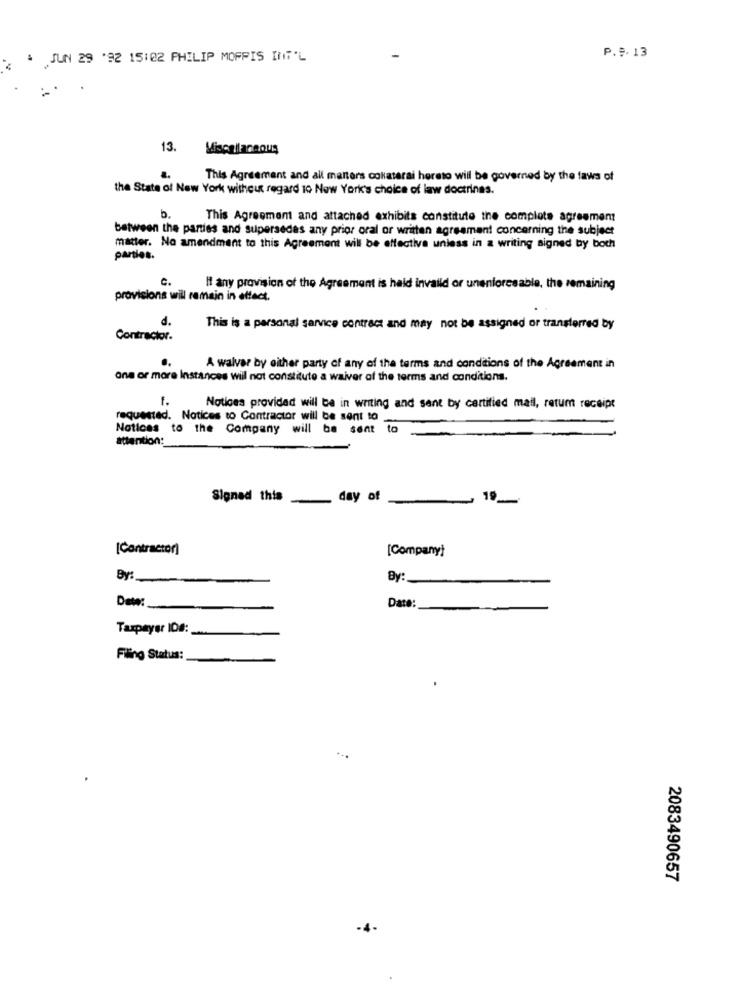
JUN 29 '92 15:02 PHILIP MORRIS INT'L
P.9. 13
13.
Miscellaneous
..
This Agreement and all matters colaterai hereto will be governed by the laws of
the State of New York without regard 10 New York's choice of law doctrines.
b.
This Agreement and attached exhibits constitute the complete agreement
between the parties and supersedes any prior oral or written agreement concerning the subject
matter. No amendment to this Agreement will be effective unless in a writing signed by both
parties.
c.
If any provision of the Agreement is held invalld or unenforceable, the remaining
provisions will remain in effect.
d.
This is a personal service contract and may not be assigned or transferred by
Contractor.
..
A walvar by either party of any of the terms and conditions of the Agreement in
one or more Instances will not constitute a waiver of the terms and conditions.
Notices provided will be in writing and sent by certified mail, retum receipt
requested. Notices to Contractor will be sent to
Notices to the Company will be sent to
attention:
Signed this _ day of
-
19
-
[Contractor)
[Company)
By:
By:
Daw :_
Date:
Taxpayer ID# :_
Filing Status:
...
2083490657